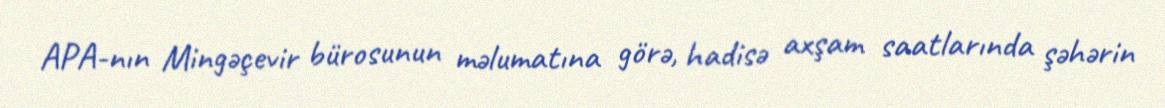
APA-nın Mingəçevir bürosunun məlumatına görə, hadisə axşam saatlarında şəhərin